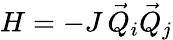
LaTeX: H=-J\, \vec{Q}_{i}\vec{Q}_{j}